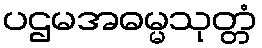
ပဌမအဓမ္မသုတ္တံ